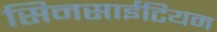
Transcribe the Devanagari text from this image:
सिनसाईटियम